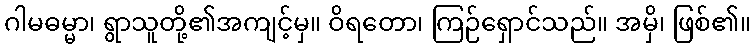
ဂါမဓမ္မာ၊ ရွာသူတို့၏အကျင့်မှ။ ဝိရတော၊ ကြဉ်ရှောင်သည်။ အမှိ၊ ဖြစ်၏။